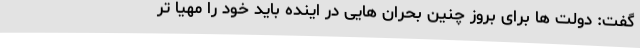
گفت: دولت ها برای بروز چنین بحران هایی در اینده باید خود را مهیا تر